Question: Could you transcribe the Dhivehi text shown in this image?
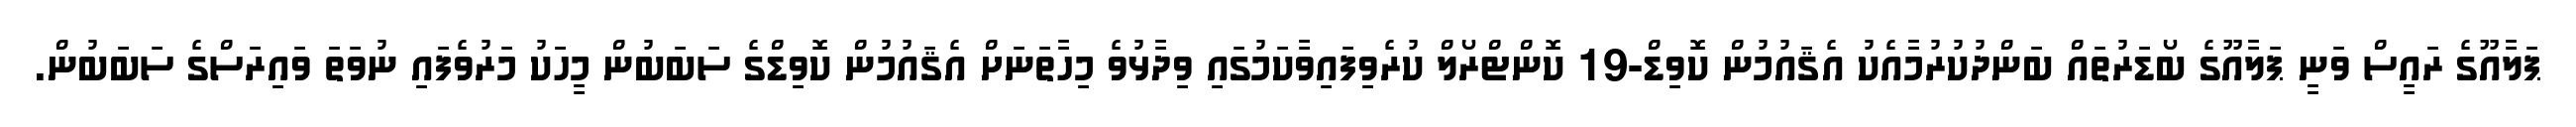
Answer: ޕަލާއޫގެ ރައީސް ވަނީ ޕަލާއޫގެ ބޯޑަރުތައް ބަންދުކުރުމާއެކު އެޤައުމުން ކޮވިޑް-19 ކޮންޓްރޯލް ކުރެވިފައިވާކަމުގައި ވިދާޅުވެ މިހާތަނަށް އެޤައުމުން ކޮވިޑްގެ ސަބަބުން މީހަކު މަރުވެފައި ނުވަތަ ވައިރަސްގެ ސަބަބުން.